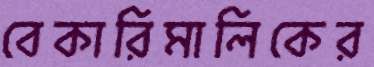
বেকারিমালিকের